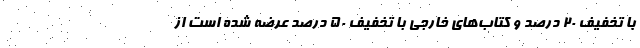
با تخفیف ۲۰ درصد و کتاب‌های خارجی با تخفیف ۵۰ درصد عرضه شده است از